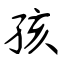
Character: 孩